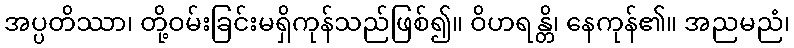
အပ္ပတိဿာ၊ တို့ဝမ်းခြင်းမရှိကုန်သည်ဖြစ်၍။ ဝိဟရန္တိ၊ နေကုန်၏။ အညမညံ၊